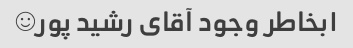
۱بخاطر وجود آقای رشید پور☺